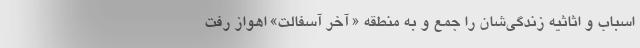
اسباب و اثاثیه زندگی‌شان را جمع و به منطقه « آخر آسفالت» اهواز رفت